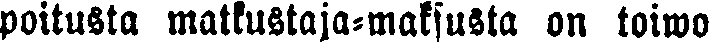
poitusta matkustaja-maksusta on toiwo